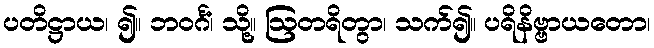
ပတိဋ္ဌာယ၊ ၍။ ဘဝင်္ဂံ၊ သို့။ ဩတရိတွာ၊ သက်၍။ ပရိနိဗ္ဗာယတော၊